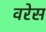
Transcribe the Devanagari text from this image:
वरेस